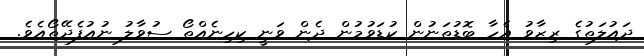
ދައުލަތުގެ ރިޒާވު އެހާ ބޮޑުތަނުން ކުޑަވުމުން ދެން ވަނީ ކިހިނެއްތޯ ސުވާލު ނުއުފެދޭތޯއެވެ.